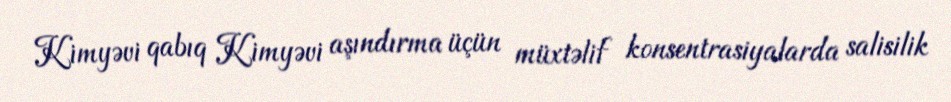
Kimyəvi qabıq Kimyəvi aşındırma üçün müxtəlif konsentrasiyalarda salisilik